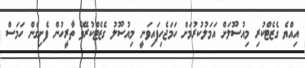
އިއްޔެ ގެޒެޓްކުރި މިއުސޫލަށް އަމަލުކުރުމަށް ހަމަޖެހިފައިވަނީ މިއުސޫލު ގެޒެޓްކުރެވޭ ތާރީހުން ފެށިގެން ހަމަސް